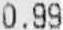
0.99